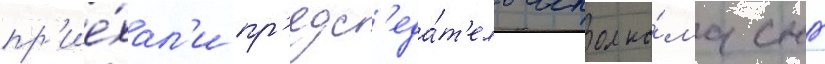
пр'ие́хал'и пр'едс'еда́т'ель исполко́ма снг